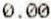
0.00